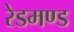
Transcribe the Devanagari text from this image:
रेडमण्ड